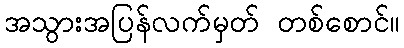
အသွားအပြန်လက်မှတ် တစ်စောင်။